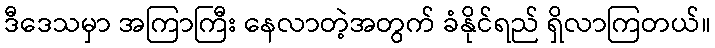
ဒီဒေသမှာ အကြာကြီး နေလာတဲ့အတွက် ခံနိုင်ရည် ရှိလာကြတယ်။